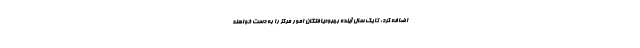
اضافه کرد: تا یک سال آینده بهبودیافتگان امور مرکز را به دست خواهند